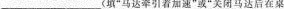
___(填“马达牵引着加速”或“关闭马达后再卓面上减速”)时留下的，小军在桌